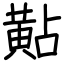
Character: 黇